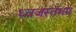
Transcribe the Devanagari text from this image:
ध्‍वजस्‍तंभम